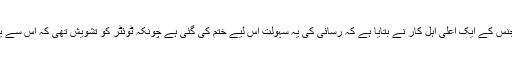
’وال اسٹریٹ جرنل‘ نے اتوار کے روز ایک رپورٹ شائع کی ہے جس میں امریکی انٹیلی جنس کے ایک اعلیٰ اہل کار نے بتایا ہے کہ رسائی کی یہ سہولت اس لیے ختم کی گئی ہے چونکہ ٹوئٹر کو تشویش تھی کہ اس سے یہ تاثر عام ابھرے گا کہ وہ انٹیلی جنس کے اداروں کے سات زیادہ دوستانہ رویہ برتتا ہے۔